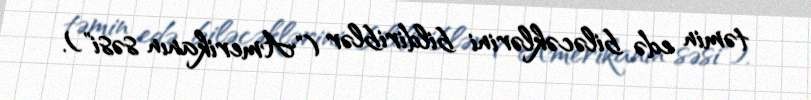
təmin edə biləcəklərini bildiriblər ("Amerikanın səsi").